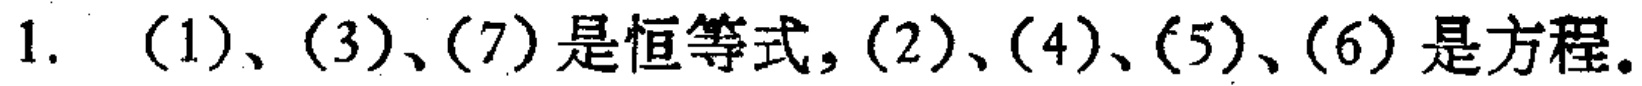
1. （1）、（3）、（7）是恒等式，（2）、（4）、（5）、（6）是方程。